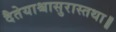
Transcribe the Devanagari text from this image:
दैतेयाश्चासुरास्तथा॥